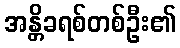
အန္တိခရစ်တစ်ဦး၏